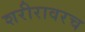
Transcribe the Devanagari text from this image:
शरीरावरच